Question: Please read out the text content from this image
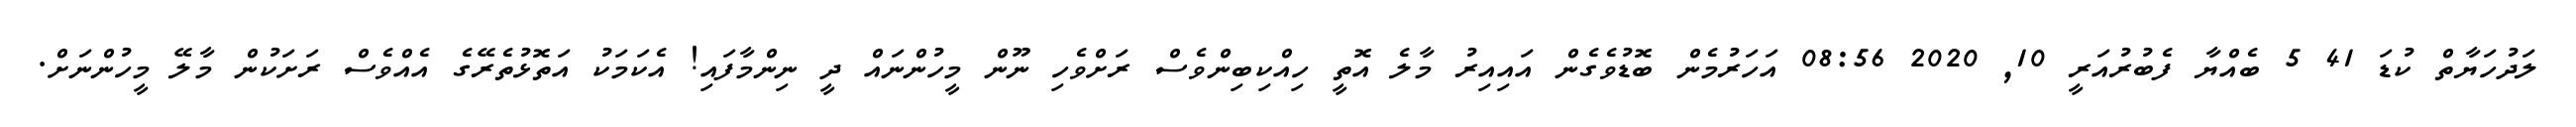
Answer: ލަދުހަޔާތް ކުޑަ 41 5 ބެއްޔާ ފެބުރުއަރީ 10, 2020 08:56 އަހަރުމެން ބޮޑުވެގެން އައިއިރު މާލެ އޮތީ ހިއްކިބިންވެސް ރަށްވެހި ނޫން މީހުންނައް ދީ ނިންމާފައި! އެކަމަކު އަތޮޅުތެރޭގެ އެއްވެސް ރަށަކުން މާލޭ މީހުންނަށް.